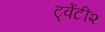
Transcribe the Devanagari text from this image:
ट्वेंटी२